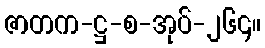
ဇာတက-ဋ္ဌ-စ-အုပ်-၂၆၄။